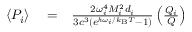
\begin{array} { r l r } { \langle P _ { i } \rangle } & { { } = } & { \frac { 2 \omega _ { i } ^ { 4 } M _ { i } ^ { 2 } d _ { i } } { 3 c ^ { 3 } ( e ^ { \hbar \omega _ { i } / k _ { \mathrm { B } } T } - 1 ) } \left( \frac { Q _ { i } } { Q } \right) } \end{array}